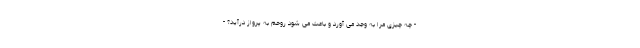
- چه چیزی مرا به وجد می آورد و باعث می شود روحم به پرواز درآید؟ -